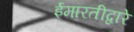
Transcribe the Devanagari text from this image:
ईमारतीद्वारे